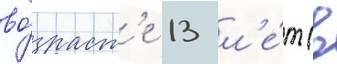
во́зраст'е 13 л'е́т (в